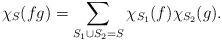
LaTeX: \begin{align*} \chi_S (f g) = \sum\limits_{S_1 \cup S_2 = S} \chi_{S_1} (f) \chi_{S_2} (g) .\end{align*}